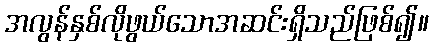
အလွန်နှစ်လိုဖွယ်သောအဆင်းရှိသည်ဖြစ်၍။